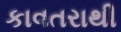
કાવતરાથી